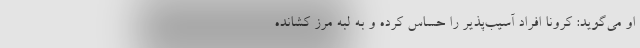
او می‌گوید: کرونا افراد آسیب‌پذیر را حساس کرده و به لبه مرز کشانده